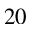
2 0